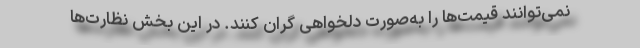
نمی‌توانند قیمت‌ها را به‌صورت دلخواهی گران کنند. در این بخش نظارت‌ها